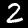
Digit: 2